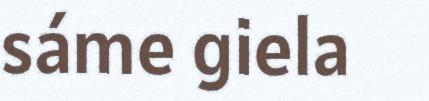
sáme giela